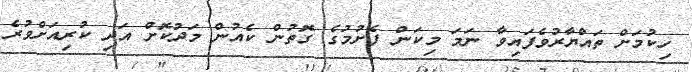
ހިކުމަށް ތައްޔާރުވެފައިވާ ނަމަ މިކަން ފެށުމުގެ ގޮތުން ކެއުން މަދުކޮށް އަދި ކުރިއަށްވުރެ